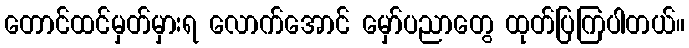
တောင်ထင်မှတ်မှားရ လောက်အောင် မှော်ပညာတွေ ထုတ်ပြကြပါတယ်။